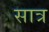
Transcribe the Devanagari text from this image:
सात्र